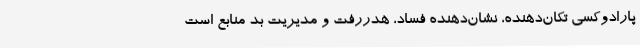
پارادوکسی تکان‌دهنده، نشان‌دهنده فساد، هدررفت و مدیریت بد منابع است